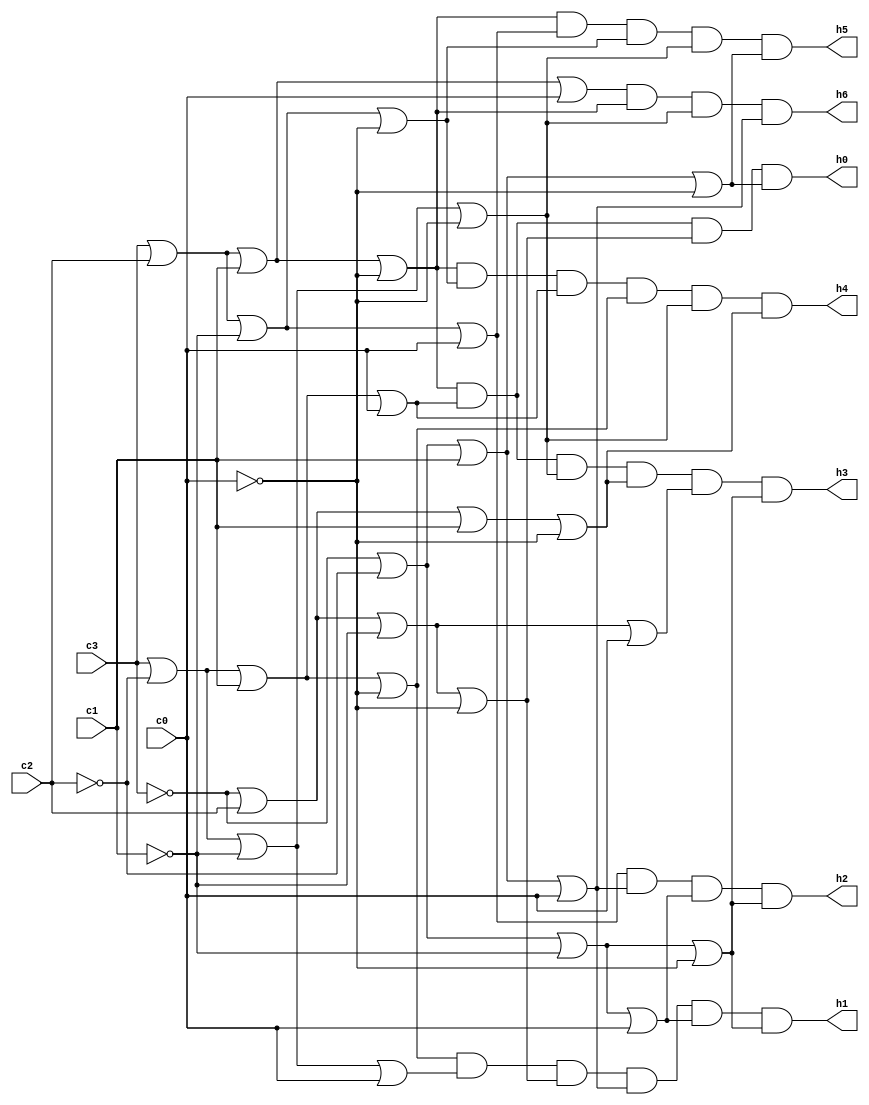
`timescale 1ns / 1ns

module decoder7seg (input c3, c2, c1, c0,
		output h0, h1, h2, h3, h4, h5, h6);
							
			assign h0 = (c3|c2|c1|!c0)&(c3|!c2|c1|c0)&(!c3|c2|!c1|!c0)&(!c3|!c2|c1|!c0);
			assign h1 = (c3|!c2|c1|!c0)&(c3|!c2|!c1|c0)&(!c3|c2|!c1|!c0)&(!c3|!c2|c1|c0)&(!c3|!c2|!c1|c0)&(!c3|!c2|!c1|!c0);
			assign h2 = (c3|c2|!c1|c0)&(!c3|!c2|c1|c0)&(!c3|!c2|!c1|c0)&(!c3|!c2|!c1|!c0);
			assign h3 = (c3|c2|c1|!c0)&(c3|!c2|c1|c0)&(c3|!c2|!c1|!c0)&(!c3|c2|c1|!c0)&(!c3|c2|!c1|c0)&(!c3|!c2|!c1|!c0);
			assign h4 = (c3|c2|c1|!c0)&(c3|c2|!c1|!c0)&(c3|!c2|c1|c0)&(c3|!c2|c1|!c0)&(c3|!c2|!c1|!c0)&(!c3|c2|c1|!c0);
			assign h5 = (c3|c2|c1|!c0)&(c3|c2|!c1|c0)&(c3|c2|!c1|!c0)&(c3|!c2|!c1|!c0)&(!c3|!c2|c1|!c0);
			assign h6 = (c3|c2|c1|c0)&(c3|c2|c1|!c0)&(c3|!c2|!c1|!c0)&(!c3|!c2|c1|c0);
			
endmodule

module hexDisplay(SW, HEX0);

			input [9:0] SW;
			output [6:0] HEX0;
			
			decoder7seg u1(
					.c3(SW[3]),
					.c2(SW[2]),
					.c1(SW[1]),
					.c0(SW[0]),
					.h0(HEX0[0]),
					.h1(HEX0[1]),
					.h2(HEX0[2]),
					.h3(HEX0[3]),
					.h4(HEX0[4]),
					.h5(HEX0[5]),
					.h6(HEX0[6])
					);
endmodule